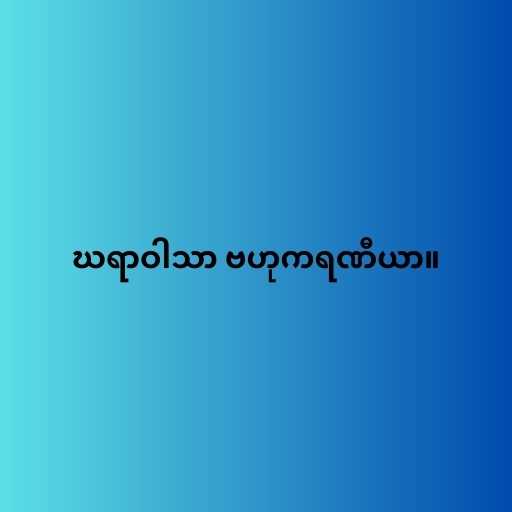
ဃရာဝါသာ ဗဟုကရဏီယာ။